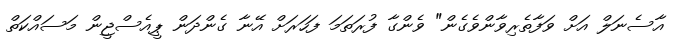
އާސެނަލް އަށް ވަފާތެރިވާންވެގެން" ވެންގާ ފުރަތަމަ ފަހަރަށް އޭނާ ގެންދަން ޕީއެސްޖީން މަސައްކަތް